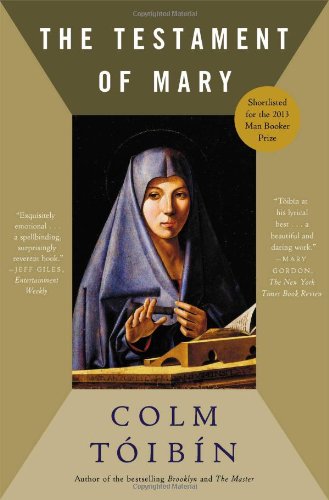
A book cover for The Testament of Mary: A Novel; Colm Toibin; Literature & Fiction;